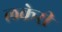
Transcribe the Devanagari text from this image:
लकेरी